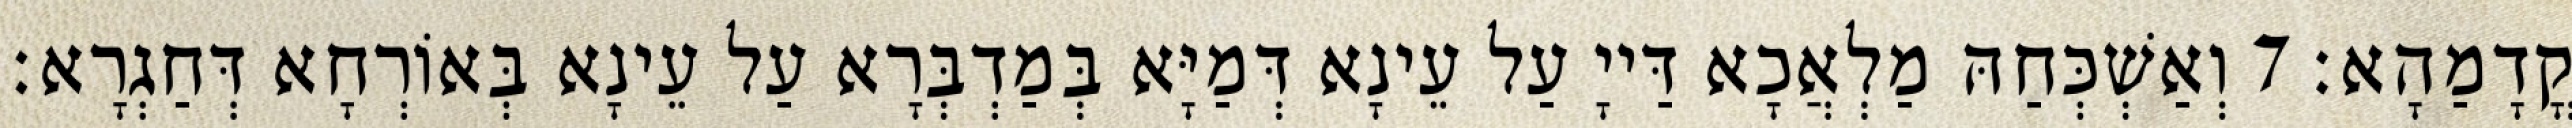
קֳדָמַהָא׃ 7 וְאַשְׁכְּחַהּ מַלְאֲכָא דַּייָ עַל עֵינָא דְּמַיָּא בְּמַדְבְּרָא עַל עֵינָא בְּאוֹרְחָא דְּחַגְרָא׃